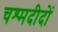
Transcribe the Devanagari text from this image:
चश्मदीदों